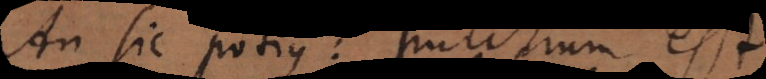
An sic potius: pulchrum est